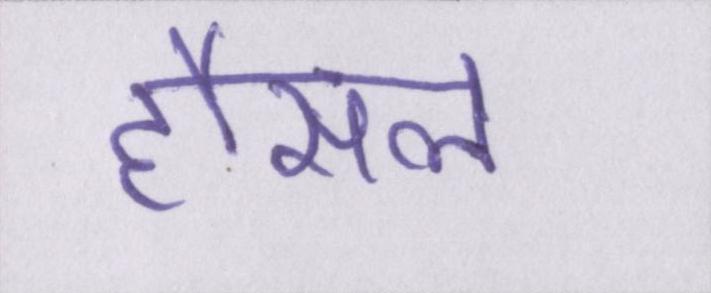
हौसले